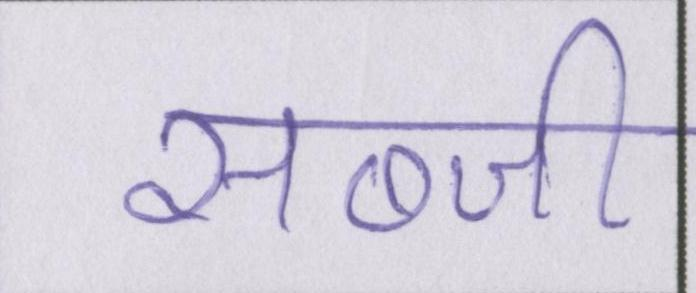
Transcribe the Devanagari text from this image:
सब्जी